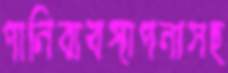
পানিব্যবস্থাপনাসহ